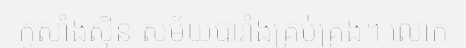
កូសាំងស៊ីន សម័យបារាំងគ្រប់គ្រង។ លោក